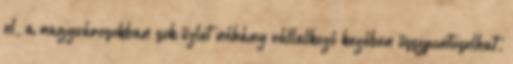
el, a nagyvárosokban sok üzlet néhány vállalkozó kezében összpontosulhat.